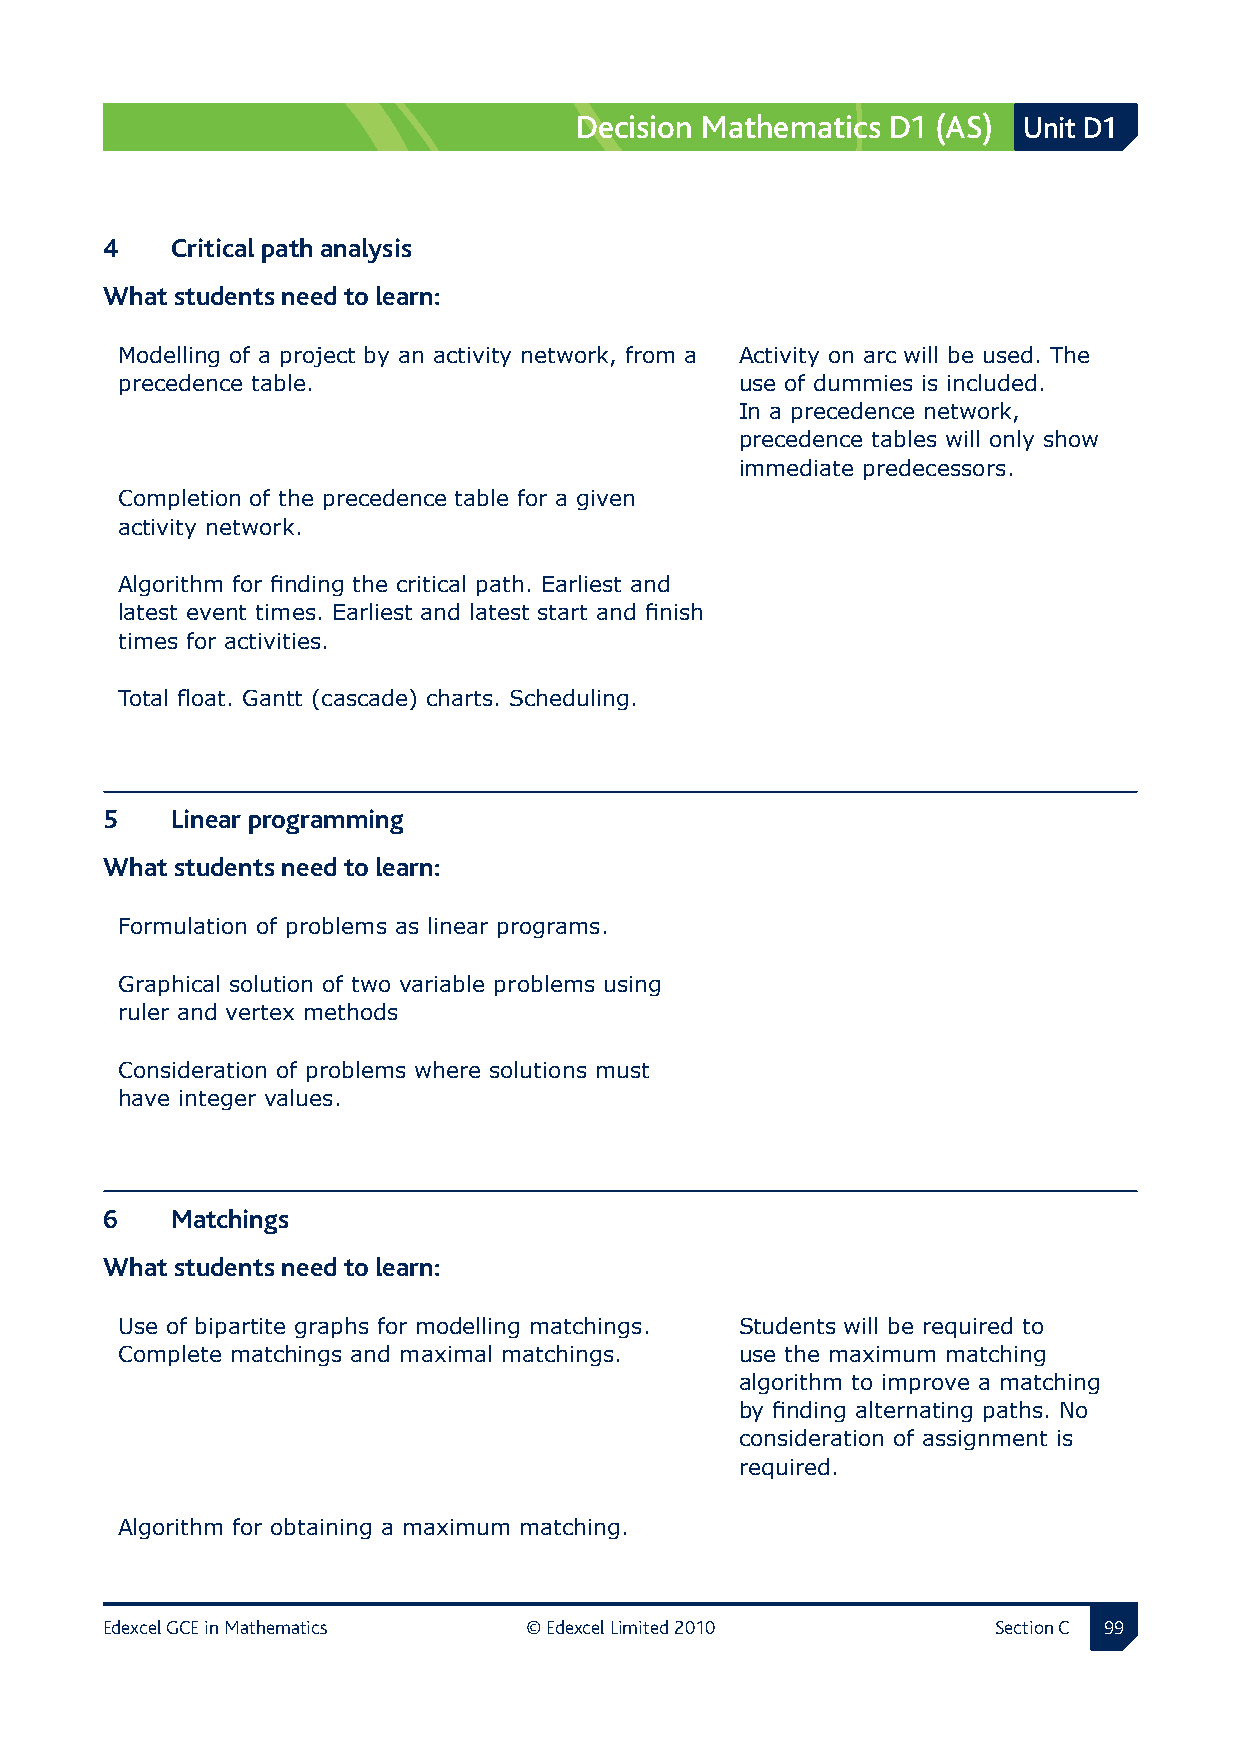
Decision Mathematics D1 (AS)  Unit D1
 4  Critical path analysis
 What students need to learn:
 Modelling of a project by an activity network, from a Activity on arc will be used. The
 precedence table.                        use of dummies is included.
 In a precedence network,
 precedence tables will only show
 immediate predecessors.
 Completion of the precedence table for a given
 activity network.
 Algorithm for finding the critical path. Earliest and
 latest event times. Earliest and latest start and finish
 times for activities.
 Total float. Gantt (cascade) charts. Scheduling.
 5  Linear programming
 What students need to learn:
 Formulation of problems as linear programs.
 Graphical solution of two variable problems using
 ruler and vertex methods
 Consideration of problems where solutions must
 have integer values.
 6  Matchings
 What students need to learn:
 Use of bipartite graphs for modelling matchings. Students will be required to
 Complete matchings and maximal matchings. use the maximum matching
 algorithm to improve a matching
 by finding alternating paths. No
 consideration of assignment is
 required.
 Algorithm for obtaining a maximum matching.
 Edexcel GCE in Mathematics  © Edexcel Limited 2010         Section C 